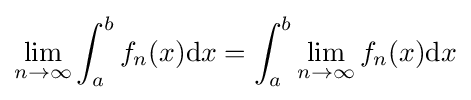
\lim _{n\to \infty }\int _{a}^{b}f_{n}(x)\mathrm {d} x=\int _{a}^{b}\lim _{n\to \infty }f_{n}(x)\mathrm {d} x